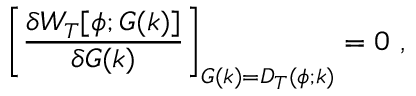
\biggl [ { \frac { \delta W _ { T } [ \phi ; G ( k ) ] } { \delta G ( k ) } } \biggr ] _ { G ( k ) = D _ { T } ( \phi ; k ) } = 0 ~ ,